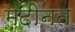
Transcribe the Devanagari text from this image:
मदीनत